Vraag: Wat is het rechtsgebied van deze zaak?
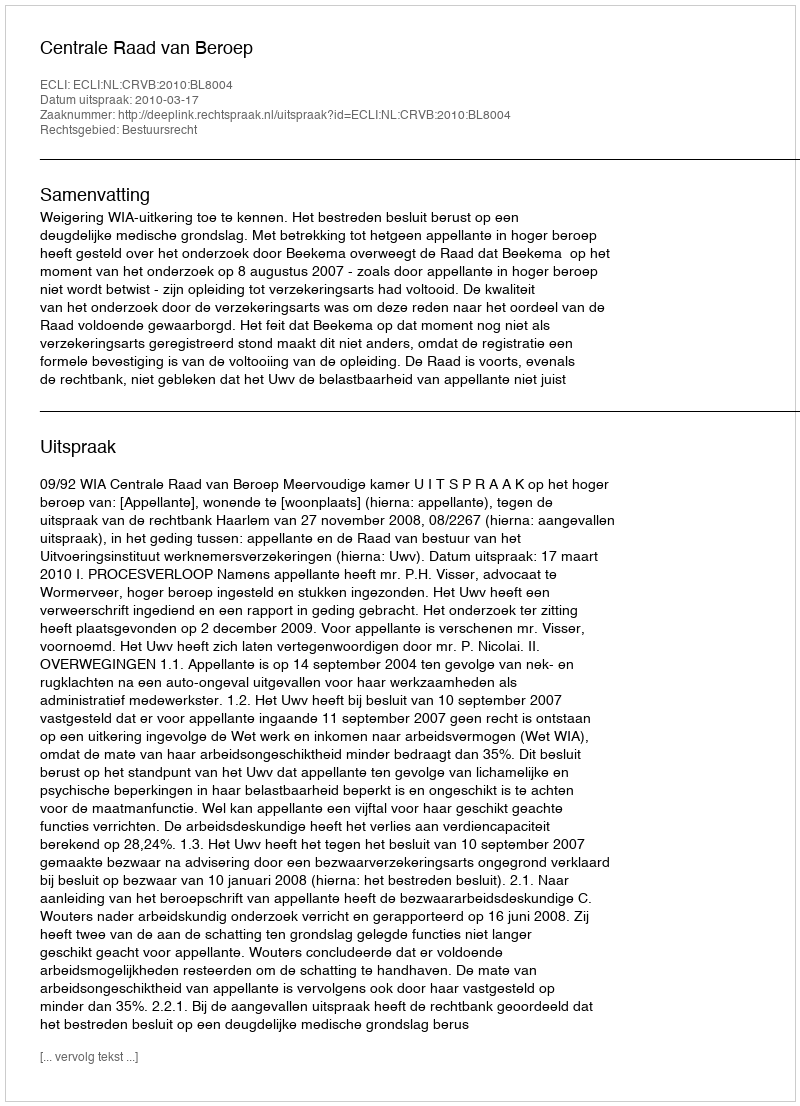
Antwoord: Bestuursrecht